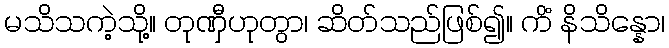
မသိသကဲ့သို့။ တုဏှီဟုတွာ၊ ဆိတ်သည်ဖြစ်၍။ ကိံ နိသိန္နော၊